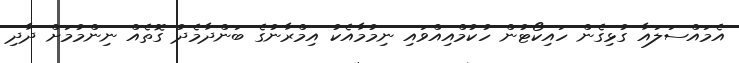
އެމައްސަލައާ ގުޅިގެން ހައިކޯޓުން ހުކުމްއިއްވައި ނިމުމާއެކު އިމްރާނުގެ ބަންދާމެދު ގޮތެއް ނިންމުމަށް ދާދި